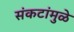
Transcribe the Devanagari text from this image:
संकटांमुळे